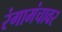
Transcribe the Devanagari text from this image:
रंगामंचावर